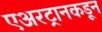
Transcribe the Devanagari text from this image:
एअरट्रानकडून